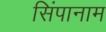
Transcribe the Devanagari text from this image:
सिंपानाम